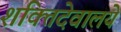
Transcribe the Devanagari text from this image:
शक्तिदेवालये